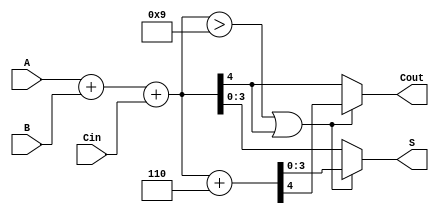
module BCD_Redundant_Binary_Adder (
    input wire [3:0] A,       // BCD input A
    input wire [3:0] B,       // BCD input B
    input wire Cin,           // Carry input
    output reg [3:0] S,       // BCD sum output
    output reg Cout           // Carry output
);

    // Internal signals
    wire [4:0] sum;           // 5-bit sum to accommodate carry
    wire [4:0] corrected_sum; // Corrected sum after BCD adjustment

    // Initial binary addition
    assign sum = A + B + Cin;

    // BCD correction logic
    always @(*) begin
        // Default outputs
        S = sum[3:0]; // Take the lower 4 bits as the initial sum
        Cout = sum[4]; // Carry out is the 5th bit of the sum

        // Check if correction is needed
        if (sum > 9 || Cout) begin
            // Add 6 (0110 in binary) for BCD correction
            corrected_sum = sum + 5'b00110;
            S = corrected_sum[3:0]; // Update sum
            Cout = corrected_sum[4]; // Update carry out
        end
    end

endmodule